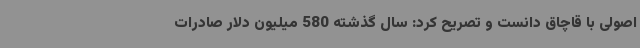
اصولی با قاچاق دانست و تصریح کرد: سال گذشته 580 میلیون دلار صادرات